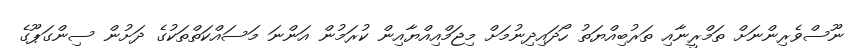
ނޫސްވެރިންނަށް ތަމްރީނާއި ތަރުބިއްޔަތު ހޯދައިދިނުމަށް މިޖަމްއިއްޔާއިން ކުރަމުން އަންނަ މަސައްކަތްތަކުގެ ދަށުން ސިންގަޕޫގެ